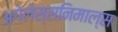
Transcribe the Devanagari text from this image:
अगेलेस्सनिमाल्स